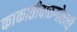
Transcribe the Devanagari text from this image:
काकातीवारुगोलची